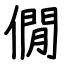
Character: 僩